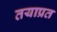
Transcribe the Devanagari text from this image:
तयाप्रत